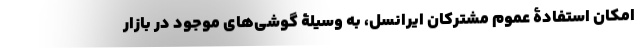
امکان استفادۀ عموم مشترکان ایرانسل، به وسیلۀ گوشی‌های موجود در بازار